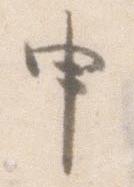
申